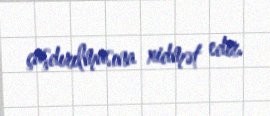
çaşdırılmasına xidmət edir.